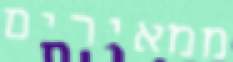
ממאירים